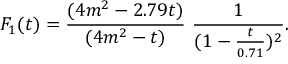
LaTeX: F _ { 1 } ( t ) = \frac { ( 4 m ^ { 2 } - 2 . 7 9 t ) } { ( 4 m ^ { 2 } - t ) } \ \frac { 1 } { ( 1 - \frac { t } { 0 . 7 1 } ) ^ { 2 } } .